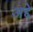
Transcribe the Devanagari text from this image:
अद्दे